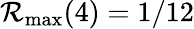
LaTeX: \mathcal{R}_{\operatorname*{max}}(4)=1/12